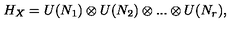
H _ { X } = U ( N _ { 1 } ) \otimes U ( N _ { 2 } ) \otimes . . . \otimes U ( N _ { r } ) ,